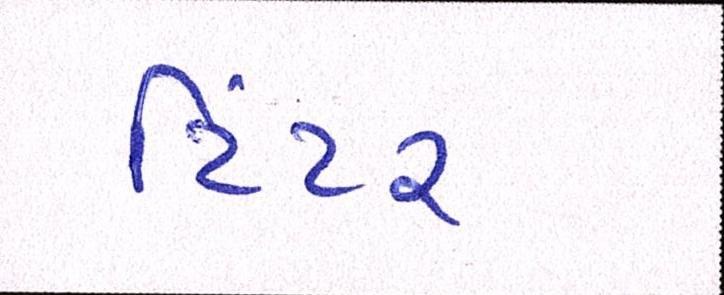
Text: ટિંટર